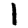
Digit: 1